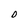
Character: D